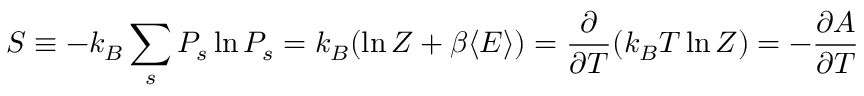
S \equiv - k _ { B } \sum _ { s } P _ { s } \ln P _ { s } = k _ { B } ( \ln Z + \beta \langle E \rangle ) = { \frac { \partial } { \partial T } } ( k _ { B } T \ln Z ) = - { \frac { \partial A } { \partial T } }